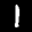
Label: 1